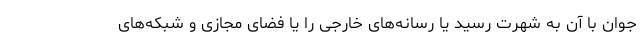
جوان با آن به شهرت رسید یا رسانه‌های خارجی را یا فضای مجازی و شبکه‌های